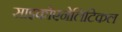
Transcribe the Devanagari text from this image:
साइकोएनेलिटिकल